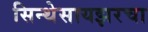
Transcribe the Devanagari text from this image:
सिन्थेसायझरचा